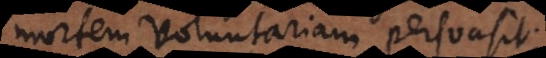
mortem voluntariam persuasit;